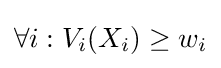
\forall i:V_{i}(X_{i})\geq w_{i}